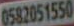
0582051550